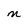
Character: n